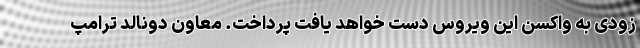
زودی به واکسن این ویروس دست خواهد یافت پرداخت. معاون دونالد ترامپ